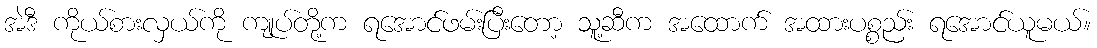
အဲဒီ ကိုယ်စားလှယ်ကို ကျုပ်တို့က ရအောင်ဖမ်းပြီးတော့ သူ့ဆီက အထောက် အထားပစ္စည်း ရအောင်ယူမယ်။